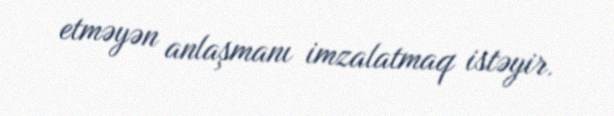
etməyən anlaşmanı imzalatmaq istəyir.